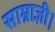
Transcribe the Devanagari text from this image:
साम्राज्ञी।